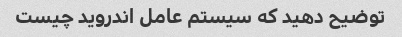
توضیح دهید که سیستم عامل اندروید چیست